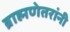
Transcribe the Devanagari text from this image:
ब्राह्मणेतरांनी